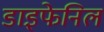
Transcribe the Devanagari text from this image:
डाइफेनिल